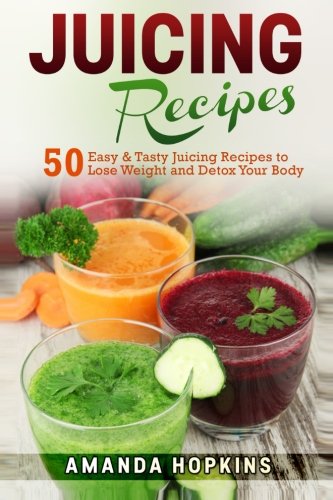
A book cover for Juicing Recipes: 50 Easy & Tasty Juicing Recipes to Lose Weight and Detox Your Body (Lose Weight and Stay Fit) (Volume 3); Amanda Hopkins; Cookbooks, Food & Wine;